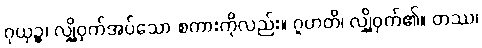
ဂုယှဉ္စ၊ လျှို့ဝှက်အပ်သော စကားကိုလည်း။ ဂူဟတိ၊ လျှို့ဝှက်၏။ တဿ၊